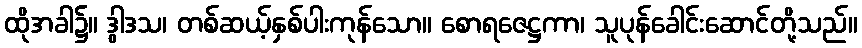
ထိုအခါ၌။ ဒွါဒသ၊ တစ်ဆယ့်နှစ်ပါးကုန်သော။ စောရဇေဋ္ဌကာ၊ သူပုန်ခေါင်းဆောင်တို့သည်။